Source: Computer-generated
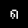
Digit: ၈ (8)